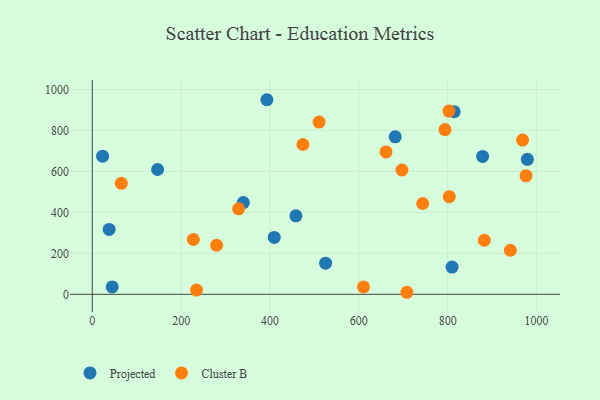
{"axis": {"x": "Ad Spend", "y": "Yield"}, "legend": ["Cluster B", "Projected"], "data": [{"x": "809.8", "y": 133.1, "type": "Projected"}, {"x": "458.3", "y": 383.4, "type": "Projected"}, {"x": "814.6", "y": 891.3, "type": "Projected"}, {"x": "393.0", "y": 950.0, "type": "Projected"}, {"x": "44.9", "y": 36.1, "type": "Projected"}, {"x": "23.3", "y": 674.6, "type": "Projected"}, {"x": "38.0", "y": 316.6, "type": "Projected"}, {"x": "409.6", "y": 277.7, "type": "Projected"}, {"x": "681.8", "y": 768.9, "type": "Projected"}, {"x": "979.3", "y": 658.8, "type": "Projected"}, {"x": "340.0", "y": 447.7, "type": "Projected"}, {"x": "878.6", "y": 673.2, "type": "Projected"}, {"x": "147.0", "y": 609.4, "type": "Projected"}, {"x": "525.2", "y": 152.0, "type": "Projected"}, {"x": "610.5", "y": 36.1, "type": "Cluster B"}, {"x": "661.1", "y": 695.0, "type": "Cluster B"}, {"x": "802.7", "y": 894.4, "type": "Cluster B"}, {"x": "793.8", "y": 804.4, "type": "Cluster B"}, {"x": "697.0", "y": 606.9, "type": "Cluster B"}, {"x": "510.6", "y": 840.7, "type": "Cluster B"}, {"x": "968.5", "y": 752.8, "type": "Cluster B"}, {"x": "279.8", "y": 239.5, "type": "Cluster B"}, {"x": "803.5", "y": 476.7, "type": "Cluster B"}, {"x": "882.4", "y": 263.9, "type": "Cluster B"}, {"x": "941.0", "y": 215.2, "type": "Cluster B"}, {"x": "474.1", "y": 731.3, "type": "Cluster B"}, {"x": "976.2", "y": 578.5, "type": "Cluster B"}, {"x": "743.6", "y": 443.4, "type": "Cluster B"}, {"x": "227.5", "y": 267.7, "type": "Cluster B"}, {"x": "329.4", "y": 417.6, "type": "Cluster B"}, {"x": "234.6", "y": 20.8, "type": "Cluster B"}, {"x": "65.3", "y": 541.8, "type": "Cluster B"}, {"x": "708.1", "y": 10.0, "type": "Cluster B"}]}